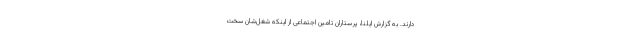
دارند. به گزارش ایلنا، پرستاران تامین اجتماعی از اینکه شغل‌شان سخت